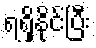
ရရှိနိုင်ပြီး